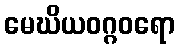
မေဃိယဝဂ္ဂဝရော